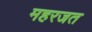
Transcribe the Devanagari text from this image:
महरजत